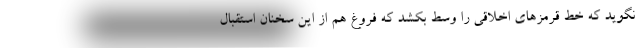
نگوید که خط قرمزهای اخلاقی را وسط بکشد که فروغ هم از این سخنان استقبال